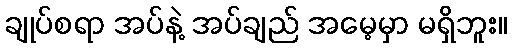
ချုပ်စရာ အပ်နဲ့ အပ်ချည် အမေ့မှာ မရှိဘူး။